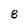
Character: 8